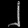
Digit: ၂